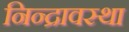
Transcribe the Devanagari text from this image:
निन्द्रावस्था